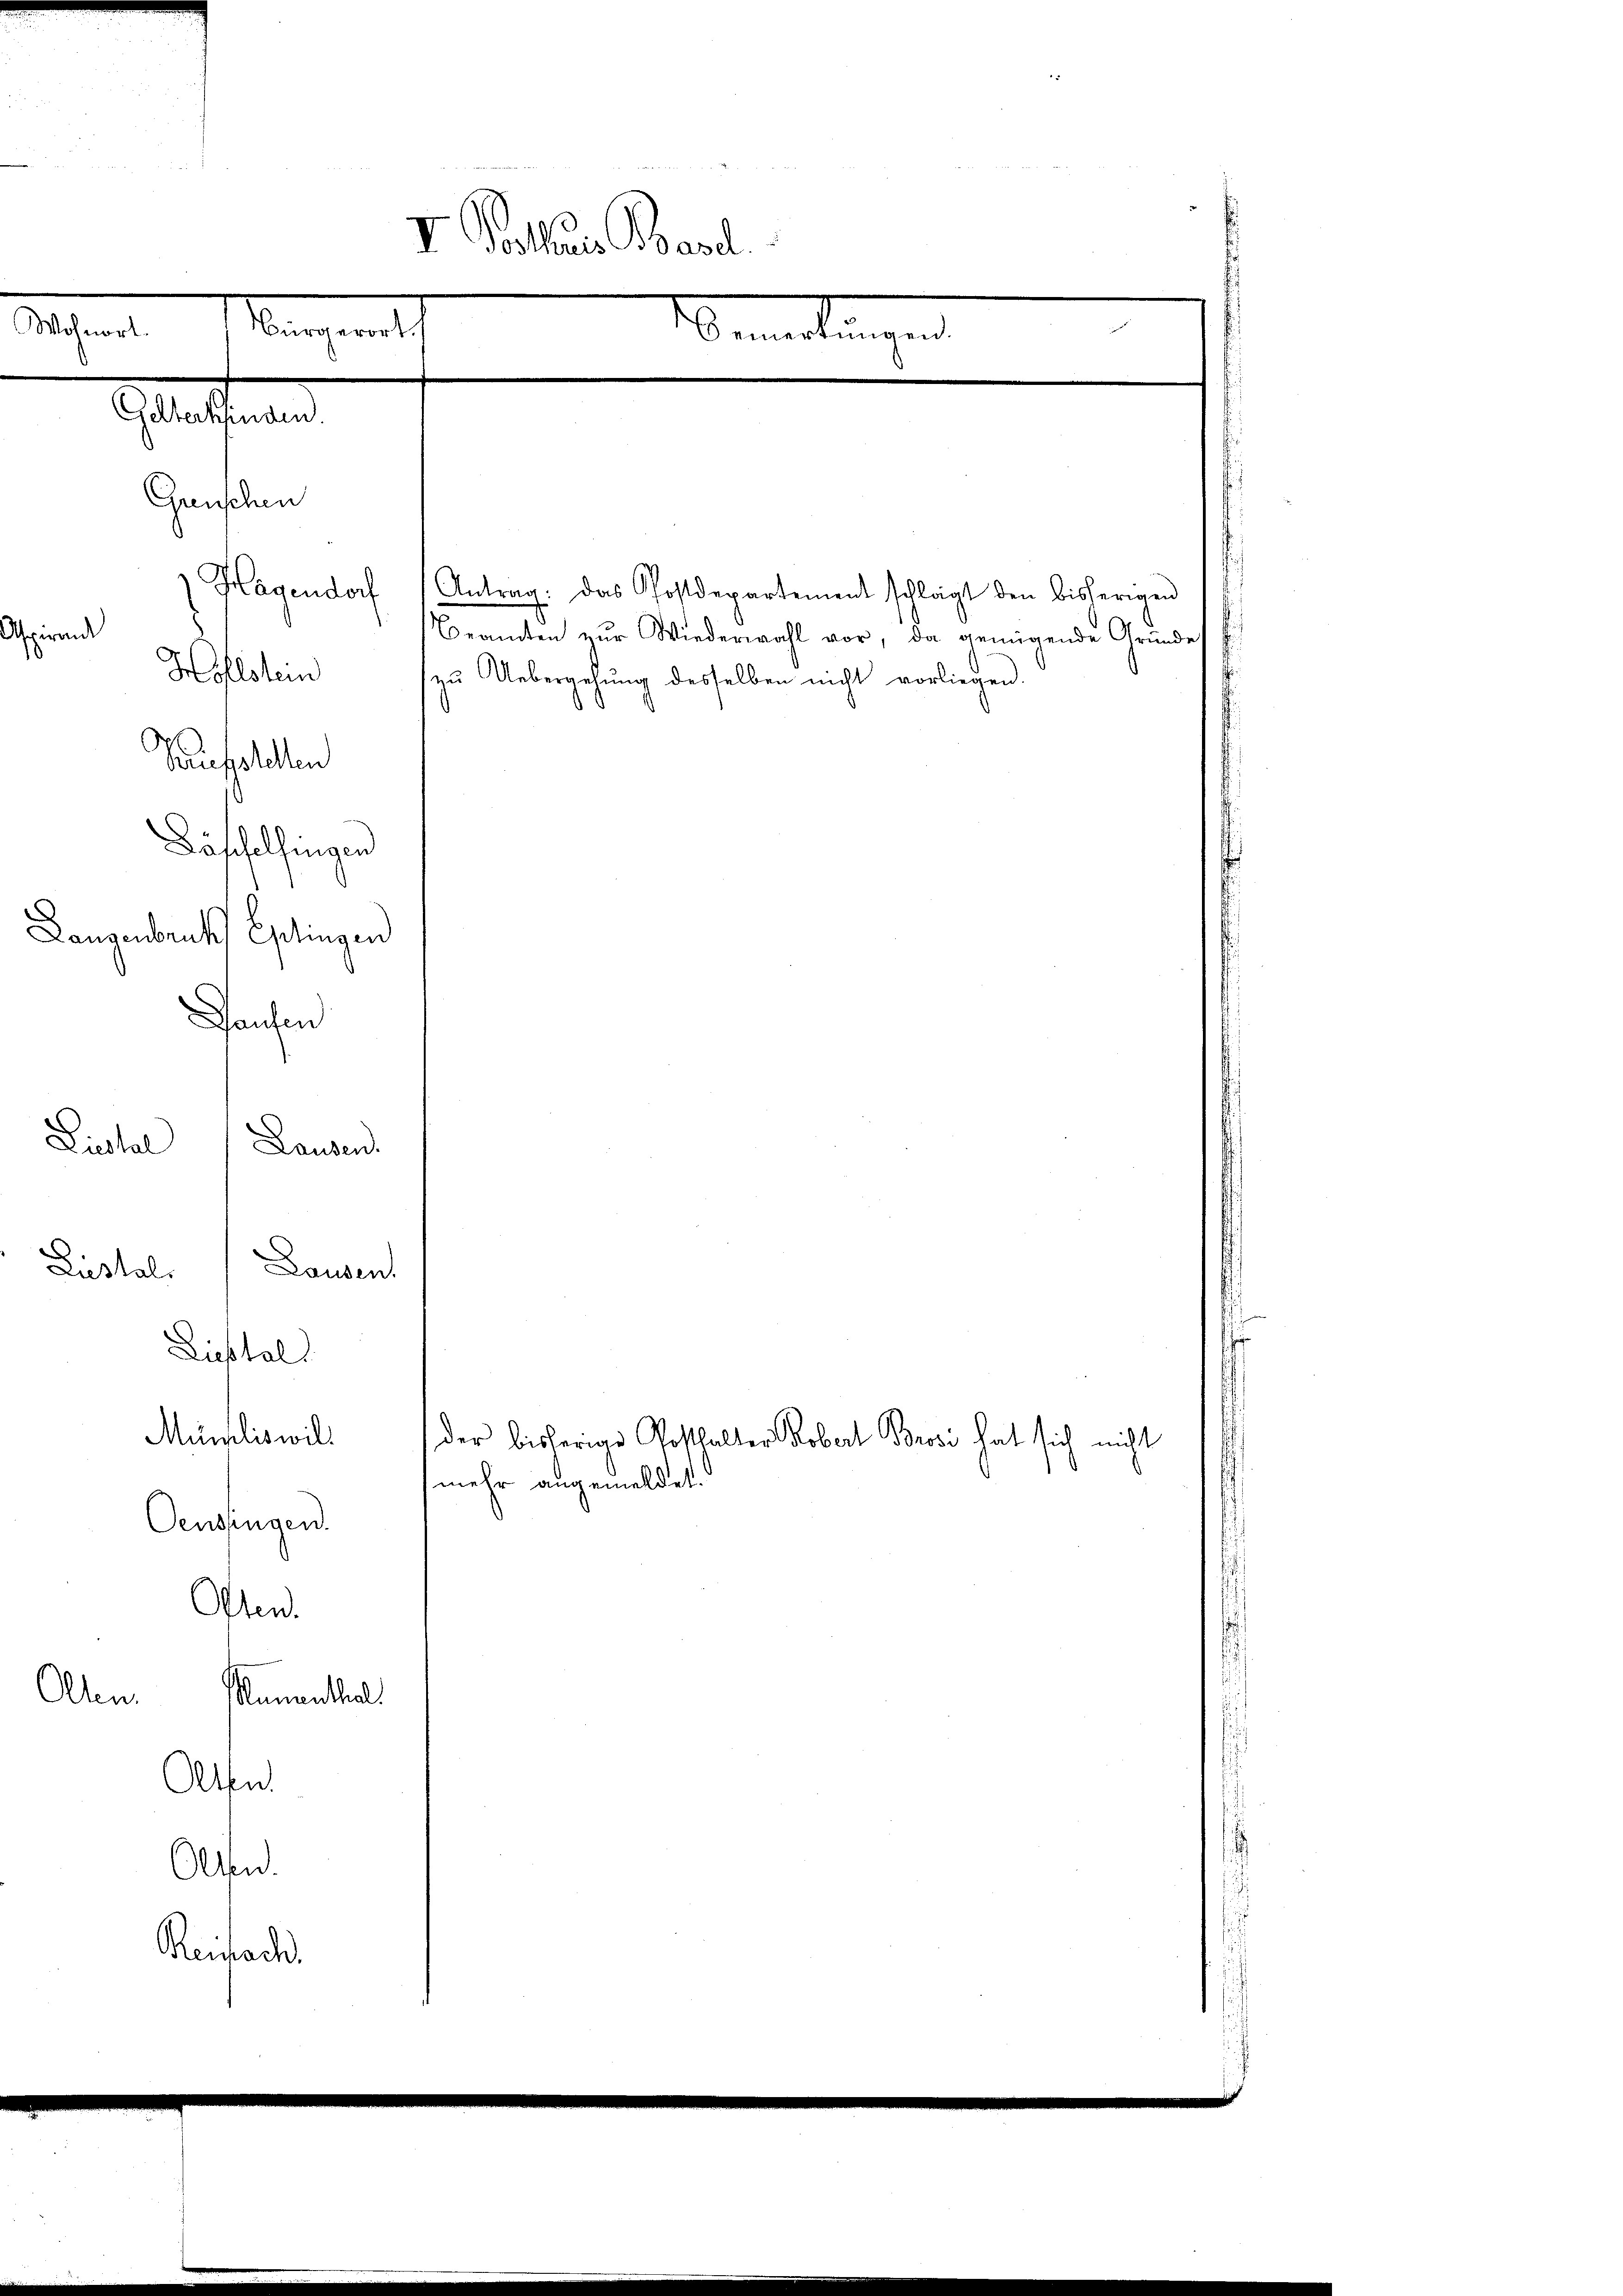
Langenbruck

VI Posthaus Basel
Schen
Bemerkungen
Blattenen
Greischen
) Hagendorf Antrag. Das Postdepartement schlägt den bisherigen
Aspirande
Beamten ur Wiederwahl vor, da genügende Gründes f
Hohlstein zu Uebergehung desselben nicht vorliegen.

Kaufstellen
Däsfelfingen
Eschingen
Sausen
Liestal
Landen
Liestal
Lausen

Liestal

Münsliswill
Oenszügen.
Osten.
Olten
Manenthal
Alfe
Olten.
Reifach

eangen.

mehr angemeldet.

der bisherige Posthalter Robert Brosi hat sich nicht

n